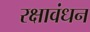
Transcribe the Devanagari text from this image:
रक्षावंधन